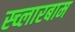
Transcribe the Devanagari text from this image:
स्च्लारबाम